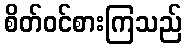
စိတ်ဝင်စားကြသည်